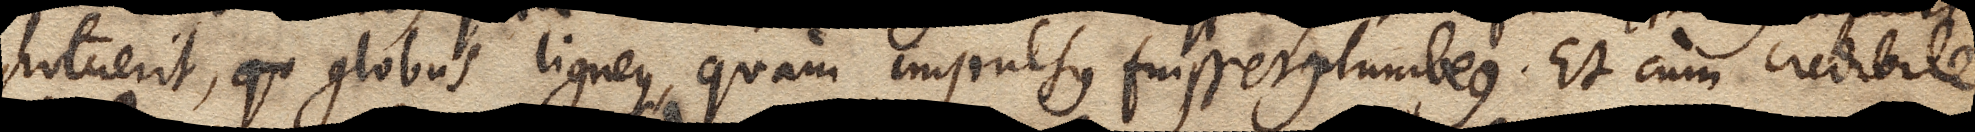
potuerit, qu globus ligneus, quam impulsus fuisset plumbeus. Et cum credibile